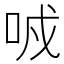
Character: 𠲌